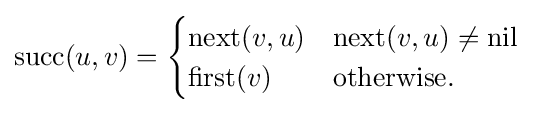
\mathrm {succ} (u,v)={\begin{cases}\mathrm {next} (v,u)&\mathrm {next} (v,u)\neq \mathrm {nil} \\\mathrm {first} (v)&{\text{otherwise}}.\end{cases}}